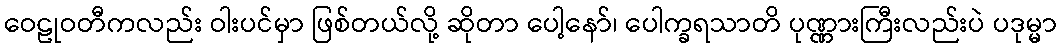
ဝေဠုဝတီကလည်း ဝါးပင်မှာ ဖြစ်တယ်လို့ ဆိုတာ ပေါ့နော်၊ ပေါက္ခရသာတိ ပုဏ္ဏားကြီးလည်းပဲ ပဒုမ္မာ